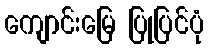
ကျောင်းမြေ ပြုပြင်ပုံ